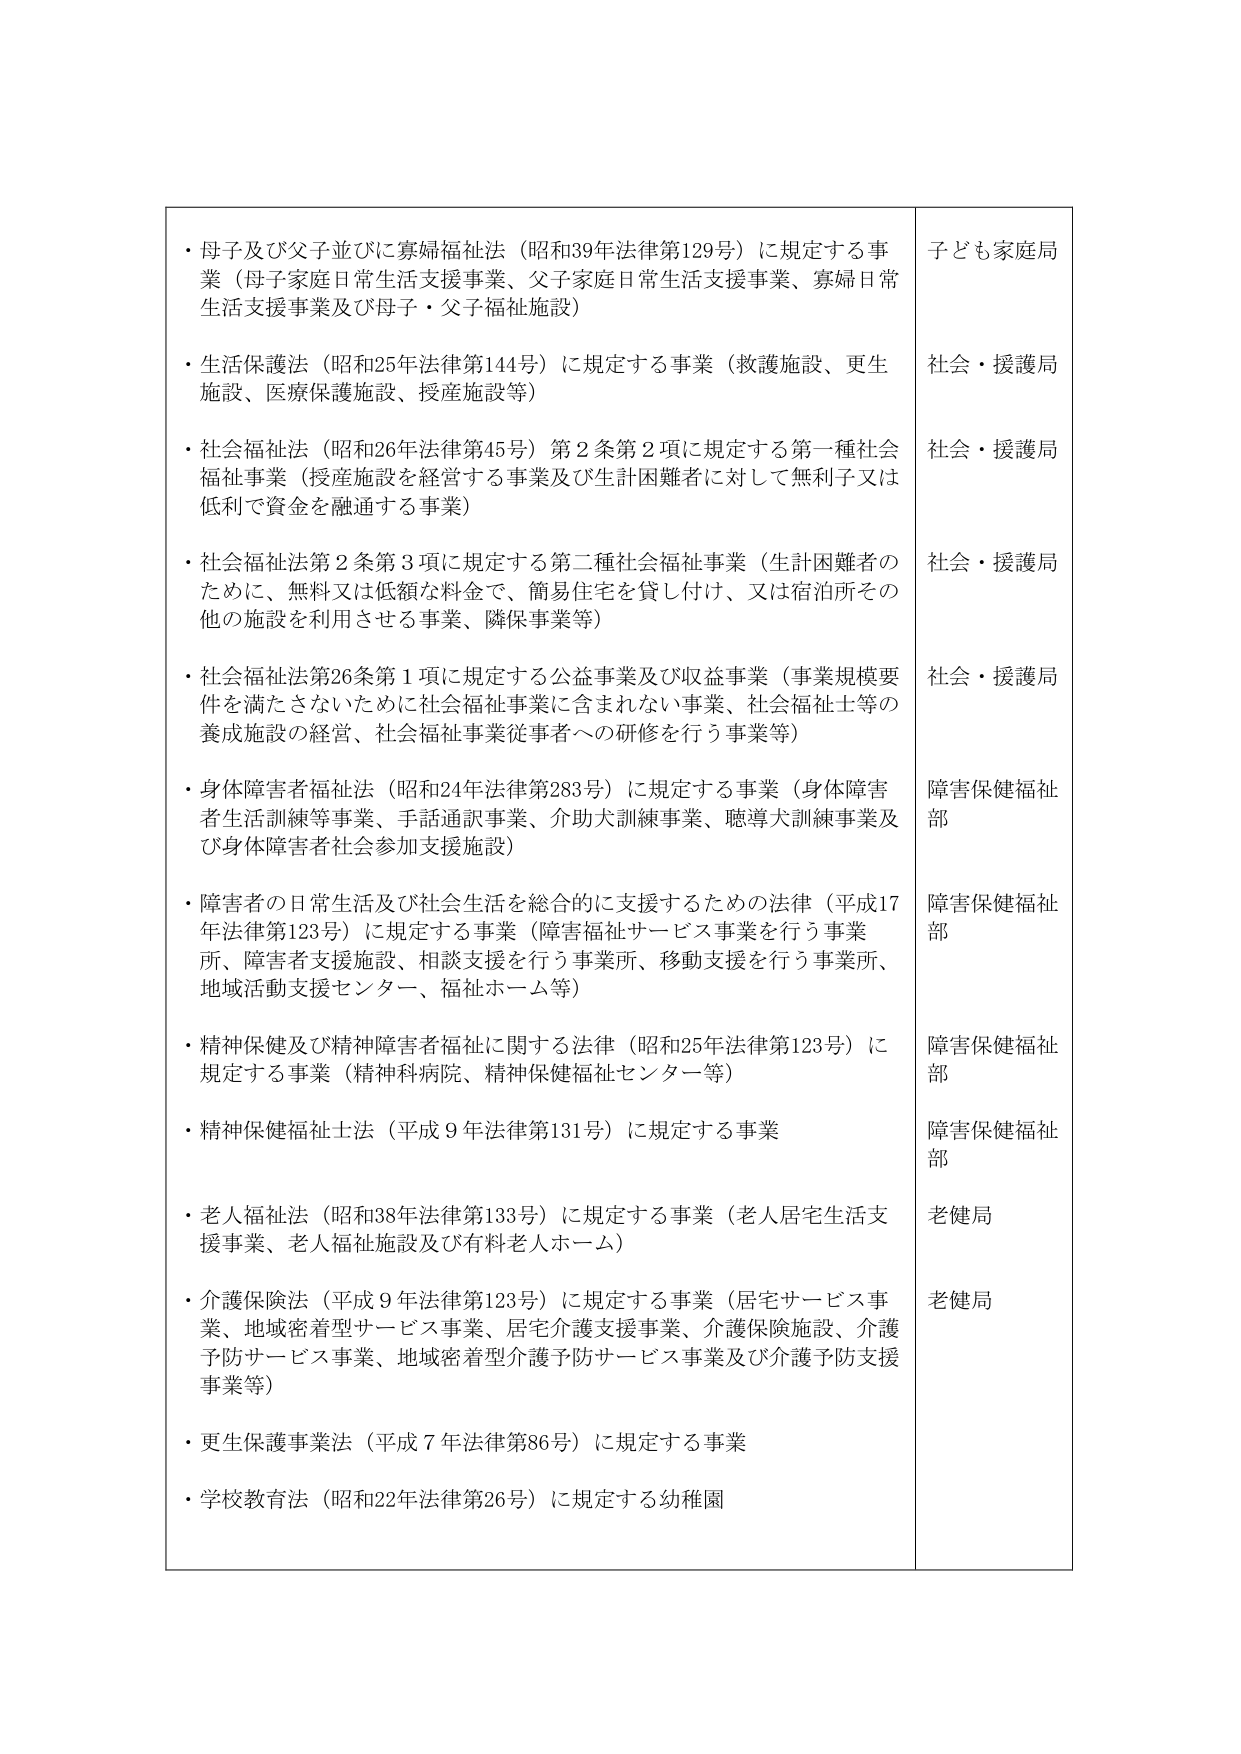
・母子及び父子並びに寡婦福祉法（昭和39年法律第129号）に規定する事業（母子家庭日常生活支援事業、父子家庭日常生活支援事業、寡婦日常生活支援事業及び母子・父子福祉施設）

・生活保護法（昭和25年法律第144号）に規定する事業（救護施設、更生施設、医療保護施設、授産施設等）

・社会福祉法（昭和26年法律第45号）第2条第2項に規定する第一種社会福祉事業（授産施設を経営する事業及び生計困難者に対して無利子又は低利で資金を融通する事業）

・社会福祉法第2条第3項に規定する第二種社会福祉事業（生計困難者のために、無料又は低額な料金で、簡易住宅を貸し付け、又は宿泊所その他の施設を利用させる事業、隣保事業等）

・社会福祉法第26条第1項に規定する公益事業及び収益事業（事業規模要件を満たさないために社会福祉事業に含まれない事業、社会福祉士等の養成施設の経営、社会福祉事業従事者への研修を行う事業等）

・身体障害者福祉法（昭和24年法律第283号）に規定する事業（身体障害者生活訓練等事業、手話通訳事業、介助犬訓練事業、聴導犬訓練事業及び身体障害者社会参加支援施設）

・障害者の日常生活及び社会生活を総合的に支援するための法律（平成17年法律第123号）に規定する事業（障害福祉サービス事業を行う事業所、障害者支援施設、相談支援を行う事業所、移動支援を行う事業所、地域活動支援センター、福祉ホーム等）

・精神保健及び精神障害者福祉に関する法律（昭和25年法律第123号）に規定する事業（精神科病院、精神保健福祉センター等）

・精神保健福祉士法（平成9年法律第131号）に規定する事業

・老人福祉法（昭和38年法律第133号）に規定する事業（老人居宅生活支援事業、老人福祉施設及び有料老人ホーム）

・介護保険法（平成9年法律第123号）に規定する事業（居宅サービス事業、地域密着型サービス事業、居宅介護支援事業、介護保険施設、介護予防サービス事業、地域密着型介護予防サービス事業及び介護予防支援事業等）

・更生保護事業法（平成7年法律第86号）に規定する事業

・学校教育法（昭和22年法律第26号）に規定する幼稚園

子ども家庭局

社会・援護局

社会・援護局

社会・援護局

社会・援護局

障害保健福祉部

障害保健福祉部

障害保健福祉部

障害保健福祉部

老健局

老健局